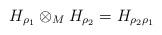
LaTeX: \begin{align*}H_{\rho _{1}}\otimes _{M}H_{\rho _{2}}=H_{\rho _{2}\rho _{1}}\end{align*}